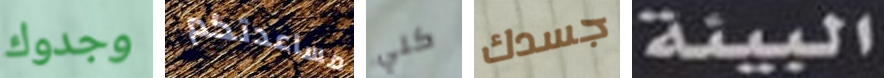
وجدوك مساعدتكم كلي جسدك البيئة